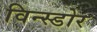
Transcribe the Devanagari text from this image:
विन्स्डोर